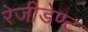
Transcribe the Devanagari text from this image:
रेजीडेण्ट